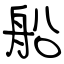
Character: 船